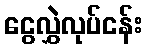
ငွေလွှဲလုပ်ငန်း